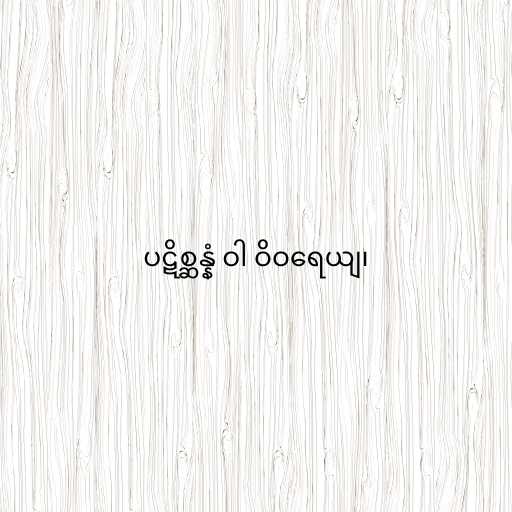
ပဋိစ္ဆန္နံ ဝါ ဝိဝရေယျ၊